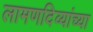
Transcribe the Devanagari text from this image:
लामणदिव्यांच्या